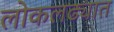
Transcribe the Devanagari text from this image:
लोकलढ्यात